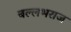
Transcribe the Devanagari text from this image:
बल्लभराज